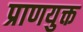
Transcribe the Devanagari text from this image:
प्राणयुक्त